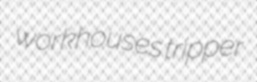
workhouses tripper